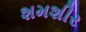
શમશીર